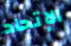
الإتحاد